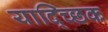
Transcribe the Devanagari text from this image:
याद्च्छिक